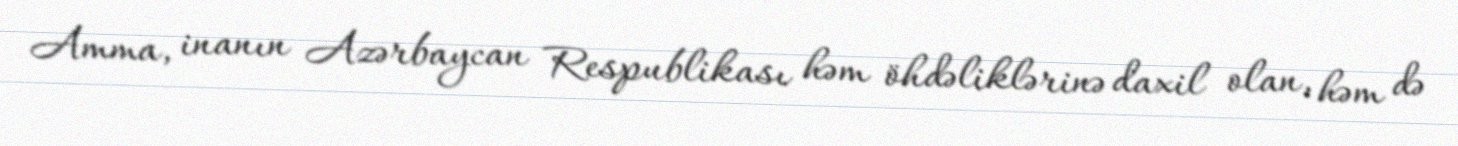
Amma, inanın Azərbaycan Respublikası həm öhdəliklərinə daxil olan, həm də